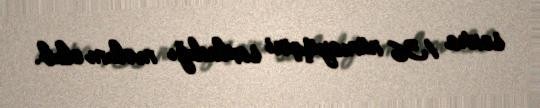
sonra 136 nümayişçini saxladığı məlum olub.